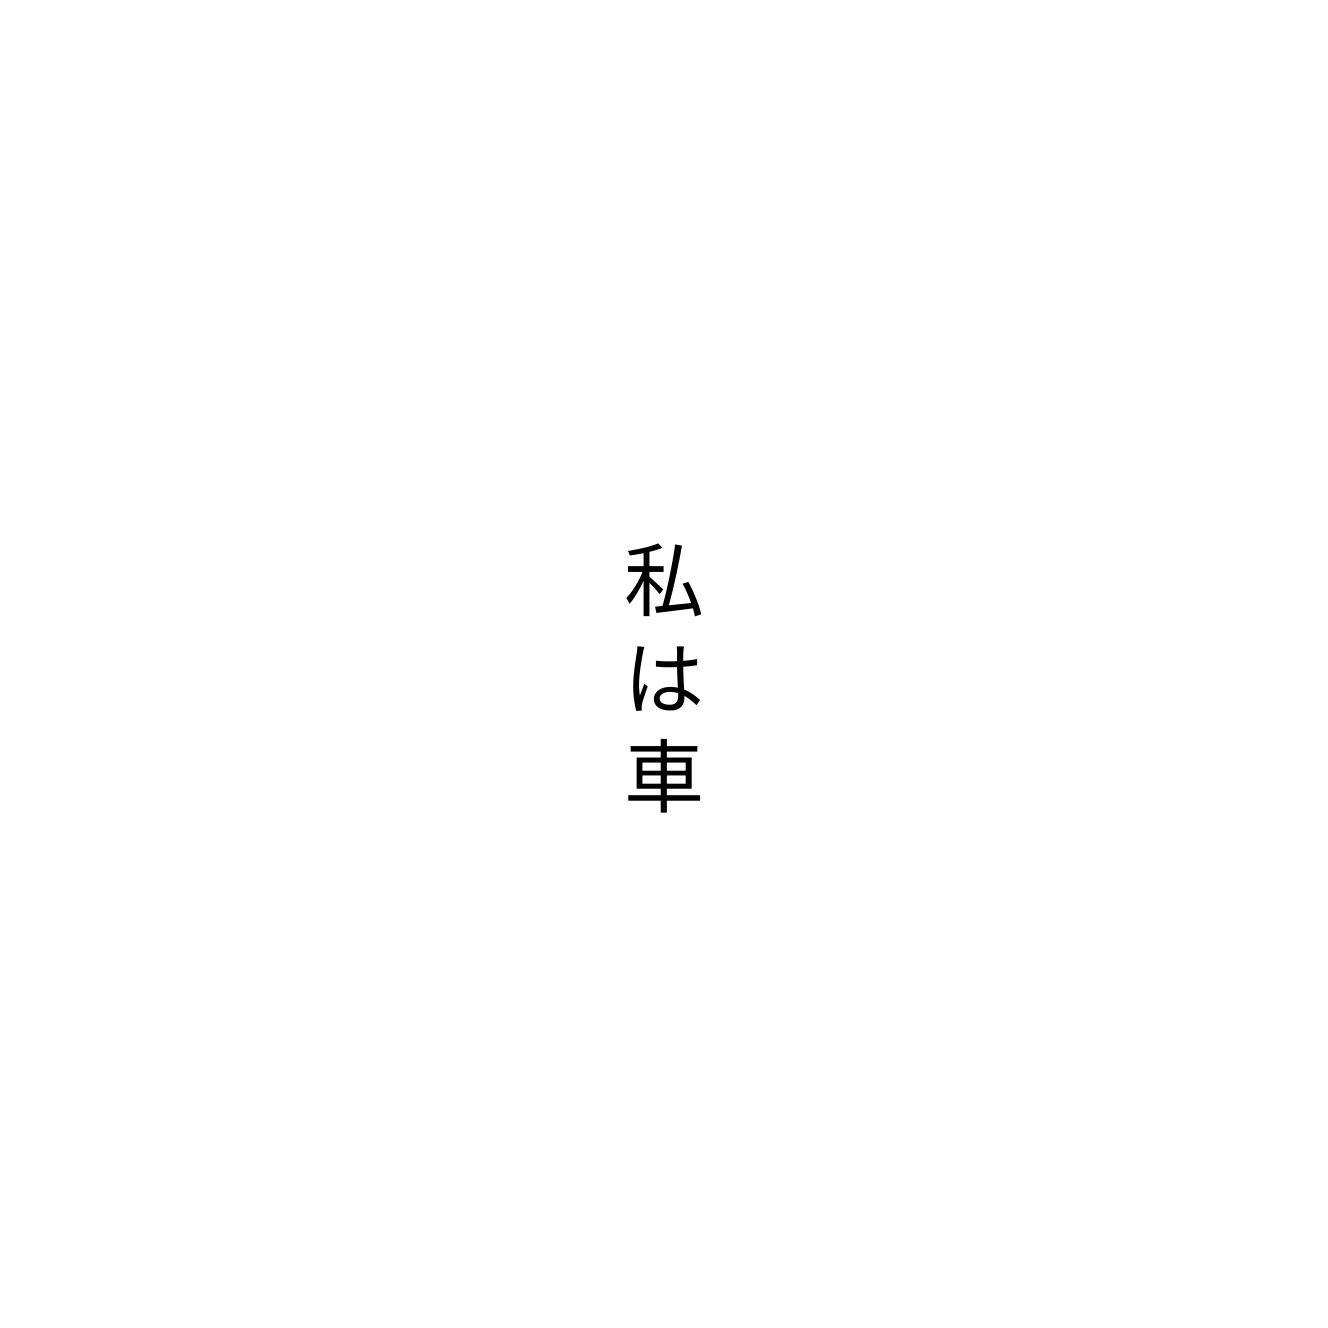
私は車